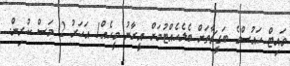
ވައިޓް ހައުސްގެ ބަގީޗާތަށް ބެލެހެއްޓުމަށް އީރާނު މީހެއް1 އަހަރު 2 މަސް ކުރިން.